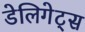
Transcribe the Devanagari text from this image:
डेलिगेट्स